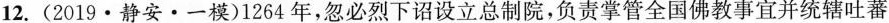
12.(2019·静安·一模)1264年，忽必烈下诏设立总制院，负责掌管全国佛教事宜并统辖吐蕃